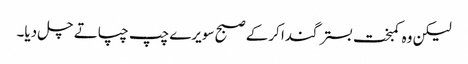
لیکن وہ کمبخت بستر گندا کرکے صبح سویرے چپ چپاتے چل دیا۔